Annual report on the working of the lock hospitals in the Central Provinces
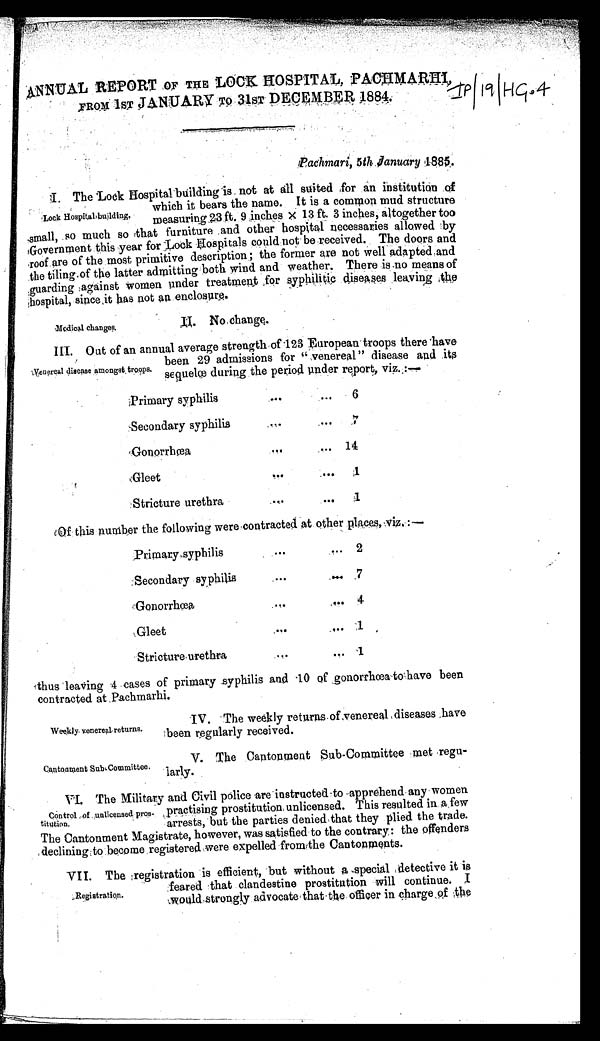
Medical changes.
I I . N o c h a n g e .
ANNUAL REPORT OF THE LOCK HOSPITAL, PACHMARHI,
FROM 1ST JANUARY TO 31ST DECEMBER 1884.
IP| 19|HC.9
I. The Look Hospital building is , not at All suited ,for an institution of
which it bears the name. It is a common mud structure
measuring. 23 ft. 9 inches x 13 ft. 3 inches, altogether too
small, so much so that furniture and other hospital necessaries allowed by
Government :this year for - Lock Hospitals could not be received. The doors and
roof are of the most primitive description; the former are not well adapted .and
the tiling.of the latter admitting both wind and weather. There is .no means of
guarding against women under treatmea ,for syphilitic diseases leaving the
!hospital, since it has not an enclosure.
'Lock Hospital building.
III.O u t o f a n a n n u a l a v e r a g e s t r e n g t h o f 1 2 3 E u r o p e a n t r o o p s t h e r e h a v e
been 29 admissions for "venereal" disease and its
sequelœ during the period under report, Viz.:—
Primary syphilis
.
..
...
6
Secondary syphilis
... ...
7
Gonorrhœa
... ...
14
Gleet
...
... 1
Stricture urethra
...
... 1
Of this number the following were contracted at other places, Viz.:—
Primary syphilis
... . . . 2
Secondary syphilis
...
. . . 7
Gonorrhœa
...
... 4
Gleet
...
... 1
Stricture, urethra . . .
. . . 1
thus 4 cases of primary syphilis and 10 of ,gonorrhœa to have been
contracted at Pachmarhi.
Venereal disease amongst troops.
Weekly venereal, returns.
Cantonment Sub Committee.
I V. The weekly returns.of venereal diseases .have
been regularly received.
V. The Cantonment Sub-Committee met regu-
larly.
VI. The Military and Civil police are instructed-to apprehend any women
, practising prostitution, unlicensed. This resulted in a few
arrests, but the parties denied that they plied the trade.
The Cantonment Magistrate, however, was satisfied to the contrary: the offenders
declining to become registered were expelled from the Cantonments.
VII. The registration is efficient, but without a special detective it is
feared that clandestine prostitution will continue.
I would strongly advocate that the officer in charge of the
Control of unlicensed pros-
titution.
Registration.